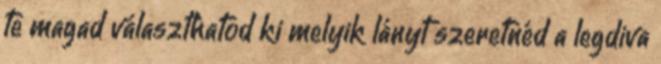
te magad választhatod ki melyik lányt szeretnéd a legdiva